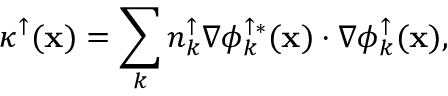
\kappa ^ { \uparrow } ( { \bf x } ) = \sum _ { k } { n _ { k } ^ { \uparrow } \nabla \phi _ { k } ^ { \uparrow * } ( { \bf x } ) \cdot \nabla \phi _ { k } ^ { \uparrow } ( { \bf x } ) } ,